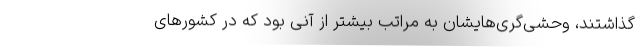
‌گذاشتند، وحشی‌گری‌هایشان به مراتب بیشتر از آنی بود که در کشورهای